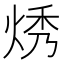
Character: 𬊔